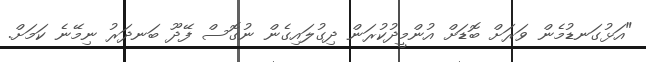
"އަޅުގަނޑުމެން ވަރަށް ބޮޑަށް އުންމީދުކުރަން ދިގުލައިގެން ނުގޮސް ފޭދޫ ބަނދަރު ނިމޭނެ ކަމަށް.